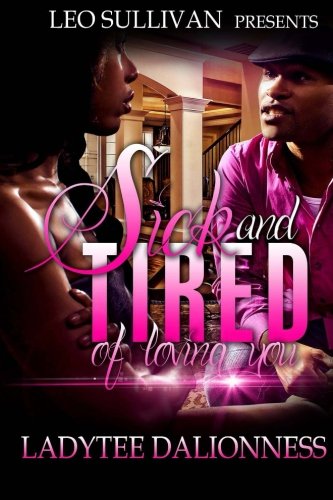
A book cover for Sick and Tired of Loving You; LadyTee DaLionness; Literature & Fiction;